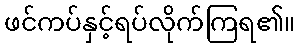
ဖင်ကပ်နှင့်ရပ်လိုက်ကြရ၏။